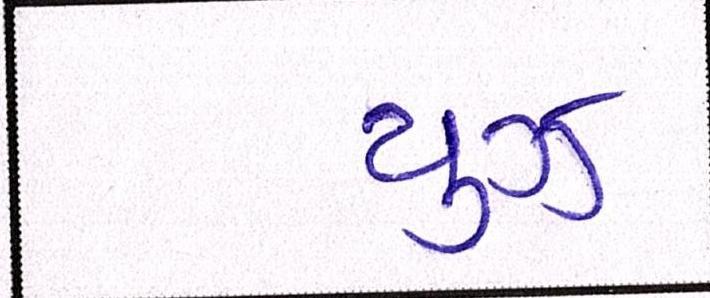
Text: યુઝ